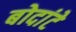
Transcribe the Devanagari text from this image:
बोदांटे